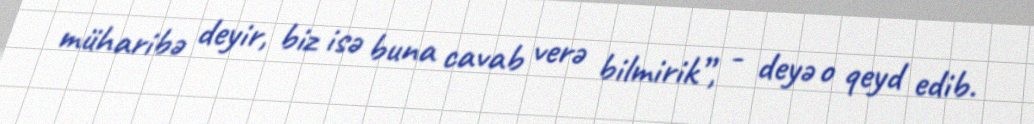
müharibə deyir, biz isə buna cavab verə bilmirik”, - deyə o qeyd edib.